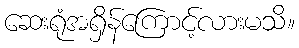
ဆေးရုံအရှိန်ကြောင့်လားမသိ။